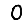
Digit: 0